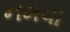
નમવા